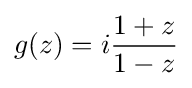
g(z)=i{\frac {1+z}{1-z}}